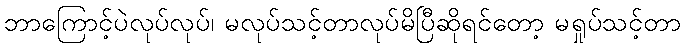
ဘာကြောင့်ပဲလုပ်လုပ်၊ မလုပ်သင့်တာလုပ်မိပြီဆိုရင်တော့ မရှုပ်သင့်တာ